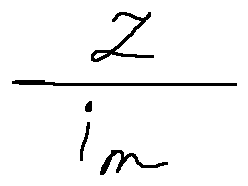
\frac { z } { i _ { m } }